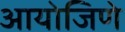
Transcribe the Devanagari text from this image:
आयोजिणे